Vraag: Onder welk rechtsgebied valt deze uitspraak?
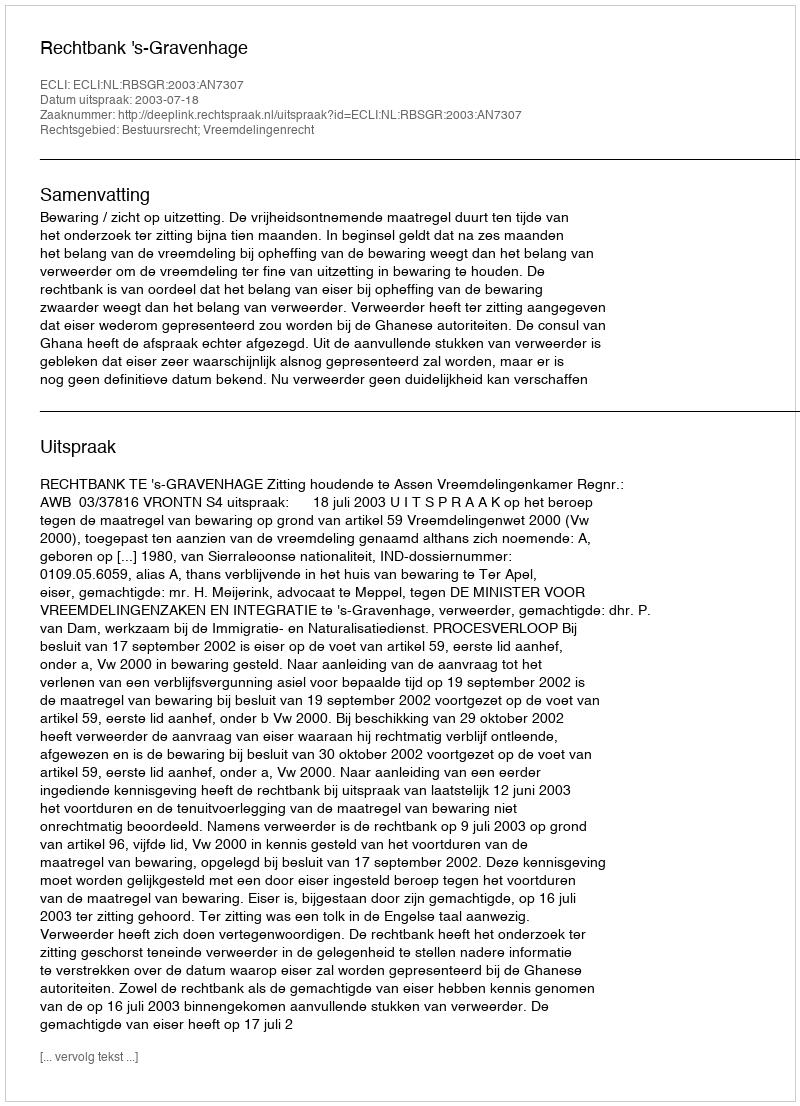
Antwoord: Bestuursrecht; Vreemdelingenrecht